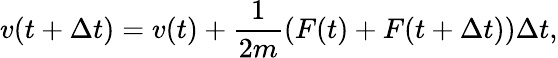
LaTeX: v(t+\Delta t)=v(t)+\frac{1}{2m}(F(t)+F(t+\Delta t))\Delta t,